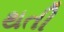
થતી